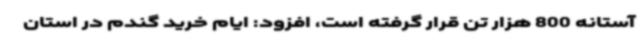
آستانه 800 هزار تن قرار گرفته است، افزود: ایام خرید گندم در استان